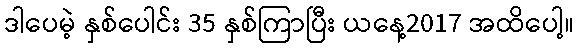
ဒါပေမဲ့ နှစ်ပေါင်း 35 နှစ်ကြာပြီး ယနေ့2017 အထိပေါ့။